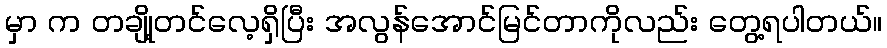
မှာ က တချို့တင်လေ့ရှိပြီး အလွန်အောင်မြင်တာကိုလည်း တွေ့ရပါတယ်။